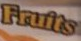
Fruits